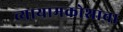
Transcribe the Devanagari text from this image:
व्यायामकोशाचा